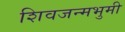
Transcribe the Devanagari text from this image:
शिवजन्मभुमी